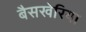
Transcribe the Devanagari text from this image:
बैसखेरिया